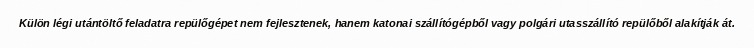
Külön légi utántöltő feladatra repülőgépet nem fejlesztenek, hanem katonai szállítógépből vagy polgári utasszállító repülőből alakítják át.